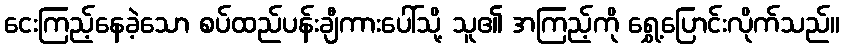
ငေးကြည့်နေခဲ့သော စပ်ထည်ပန်းချီကားပေါ်သို့ သူ၏ အကြည့်ကို ရွှေ့ပြောင်းလိုက်သည်။